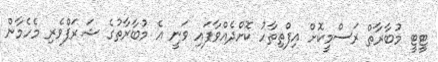
ޓީޓީ މުބާރާތް ރަސްމީކޮށް އިފްތިތާހު ކޮށްދެއްވާފައި ވަނީ އެ މުބާރާތުގެ ޝަރަފްވެރި މެހެމާން